Vaccine operations Central Provinces 1886-1899 - 1886-1899
Year: 1886
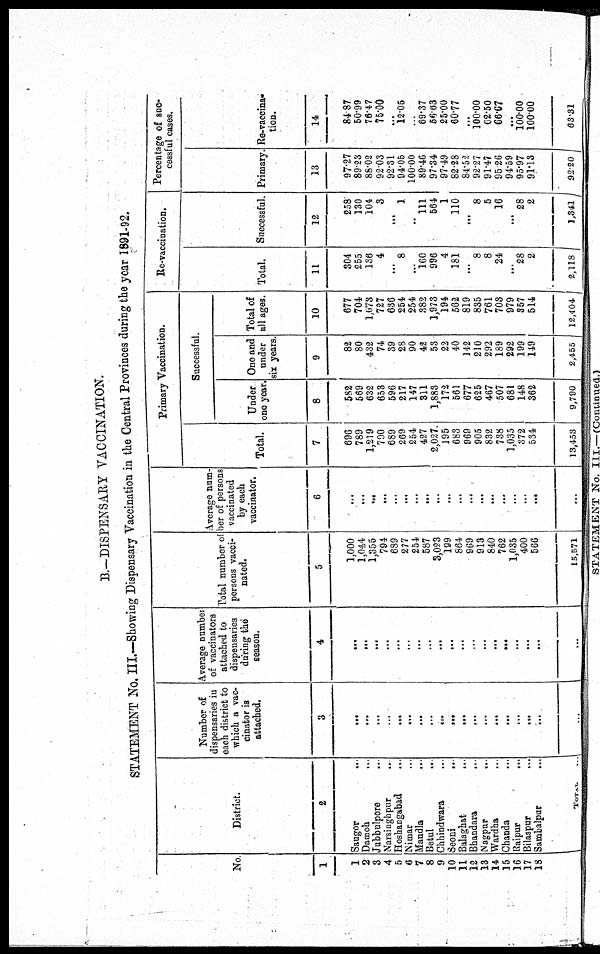
B.—DISPENSARY VACCINATION.
STATEMENT No. III.—Showing Dispensary Vaccination in the Central Provinces during the year 1891-92.
No.
1
1
2
3
4
5
6
7
8
9
10
11
12
13
14
15
16
17
18
District.
2
Saugor
...
Damoh ...
Jubbulpore ...
Narsinghpur
...
Hoshangabad
...
Nimar ...
Mandla ...
Betul ...
Chhindwara ...
Seoni
...
Balaghat ...
Bhandara ...
Nagpur
...
Wardha ...
Chanda ...
Raipur
...
Bilaspur ...
Sambalpur ...
TOTAL ...
Number of
dispensaries in
each district to
which a vac-
cinator is
attached.
3
...
...
...
...
...
...
...
...
...
...
...
...
...
...
...
...
...
...
...
Average number
of vaccinators
attached to
dispensaries
during the
season.
4
...
...
...
...
...
...
...
...
...
...
...
...
...
...
...
...
...
...
. . .
Total number of
persons vacci-
nated.
5
1,000
1,044
1,355
794
689
277
254
587
3,023
199
864
969
913
840
762
1,035
400
566
15,571
Average num-
ber of persons
vaccinated
by each
vaccinator.
6
...
...
...
...
...
...
...
...
...
...
...
...
...
...
...
...
...
...
...
Primary Vaccination.
Total.
7
696
789
1,219
790
689
269
254
427
2,027
195
683
969
905
832
738
1,035
372
564
13,453
Successful.
Under
one year.
8
582
569
632
653
596
217
147
311
1,883
172
561
677
625
467
507
681
148
362
9,790
One and
under
six years.
9
82
80
432
74
39
28
90
42
53
22
40
142
210
292
189
292
199
149
2,455
Total of
all ages.
10
677
704
1,073
727
636
254
254
382
1,973
194
562
819
835
761
703
979
357
514
12,404
Re-vaccination.
Total.
11
304
255
136
4
...
8
...
160
996
4
181
...
8
8
24
...
28
2
2,118
Successful.
12
258
130
104
3
...
3
...
111
564
1
110
...
8
5
16
...
28
2
1,341
Percentage of suc-
cessful cases.
Primary.
13
97.27
89.23
88.02
92.03
92.31
94.05
100.00
89.46
97.34
97.49
82.28
84.52
92.27
91.47
95.26
94.59
95.97
91.13
92.20
Re-vaccina¬
tion.
14
84.87
50.99
76.47
75.00
...
12.05
...
69.37
56.63
25.00
60.77
...
100.00
62.50
66.67
...
100.00
100.00
63.31